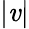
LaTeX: |\mathit{v}|